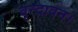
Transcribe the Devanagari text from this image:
वृन्दावन।